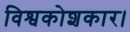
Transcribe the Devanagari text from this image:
विश्वकोशकार।